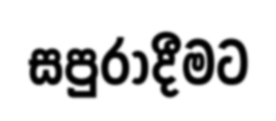
සපුරාදීමට